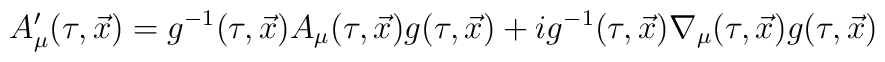
A_\mu'(\tau,\vec x)=g^{-1}(\tau,\vec x)A_\mu(\tau,\vec x)g(\tau,\vec x)+ig^{-1}(\tau,\vec x)\nabla_\mu(\tau,\vec x)g(\tau,\vec x)